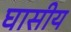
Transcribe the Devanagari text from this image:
घासीय